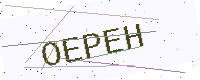
Text: OEPEH